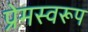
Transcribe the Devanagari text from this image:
प्रेमस्वरूप